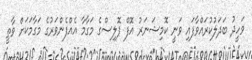
ވަހީދު ބަދަލުކުރައްވާފައި ވަނީ ކޮމިޝަނަރު އޮފް ޕޮލިސްގެ މަގާމާ އެއްފެންވަރުގެ މަގާމަކަށް ވާތީ